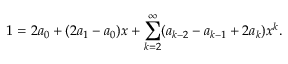
1 = 2 a _ { 0 } + ( 2 a _ { 1 } - a _ { 0 } ) x + \sum _ { k = 2 } ^ { \infty } ( a _ { k - 2 } - a _ { k - 1 } + 2 a _ { k } ) x ^ { k } .